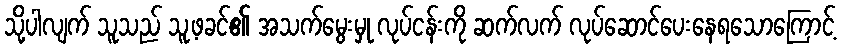
သို့ပါလျက် သူသည် သူ့ဖခင်၏ အသက်မွေးမှု လုပ်ငန်းကို ဆက်လက် လုပ်ဆောင်ပေးနေရသောကြောင့်